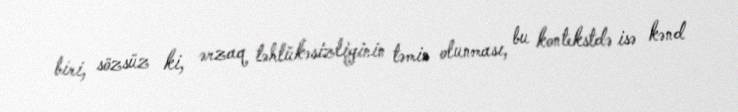
biri, sözsüz ki, ərzaq təhlükəsizliyinin təmin olunması, bu kontekstdə isə kənd